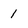
Character: 1